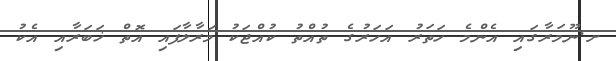
ށ.ނޫމަރާގައި އެންމެ ހަތަރު އަހަރުގެ ތުއްތު ކުއްޖަކު މަރާލާފައި އޮތް ޚަބަރާއި އެކު